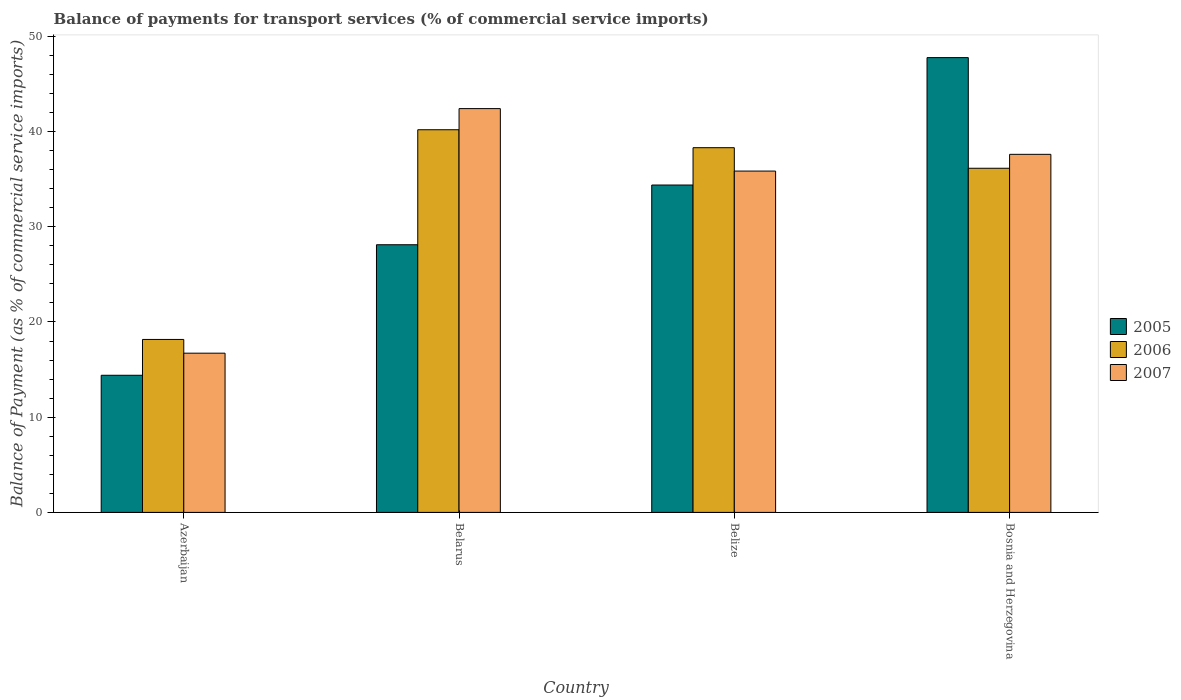
| Country | 2005 | 2006 | 2007 |
 | --- | --- | --- | --- |
 | Azerbaijan | 14.4 | 18.2 | 16.7 |
 | Belarus | 28.1 | 40.2 | 42.4 |
 | Belize | 34.4 | 38.3 | 35.8 |
 | Bosnia and Herzegovina | 47.8 | 36.1 | 37.6 |